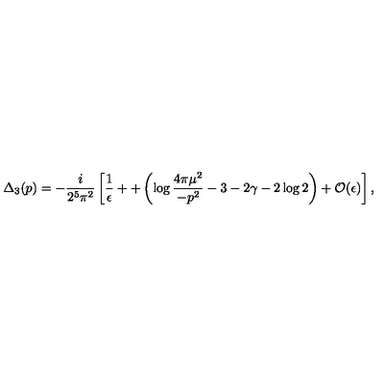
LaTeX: { \Delta _ { 3 } } ( p ) = - \frac { i } { 2 ^ { 5 } \pi ^ { 2 } } \left[ \frac { 1 } { \epsilon } + + \left( \log \frac { 4 \pi \mu ^ { 2 } } { - p ^ { 2 } } - 3 - 2 \gamma - 2 \log 2 \right) + { \cal O } ( \epsilon ) \right] ,